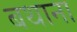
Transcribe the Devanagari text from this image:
बथाना